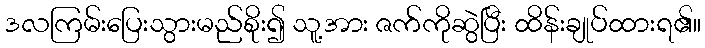
ဒလကြမ်းပြေးသွားမည်စိုး၍ သူ့အား ဇက်ကိုဆွဲပြီး ထိန်းချုပ်ထားရ၏။